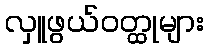
လှူဖွယ်ဝတ္ထုများ